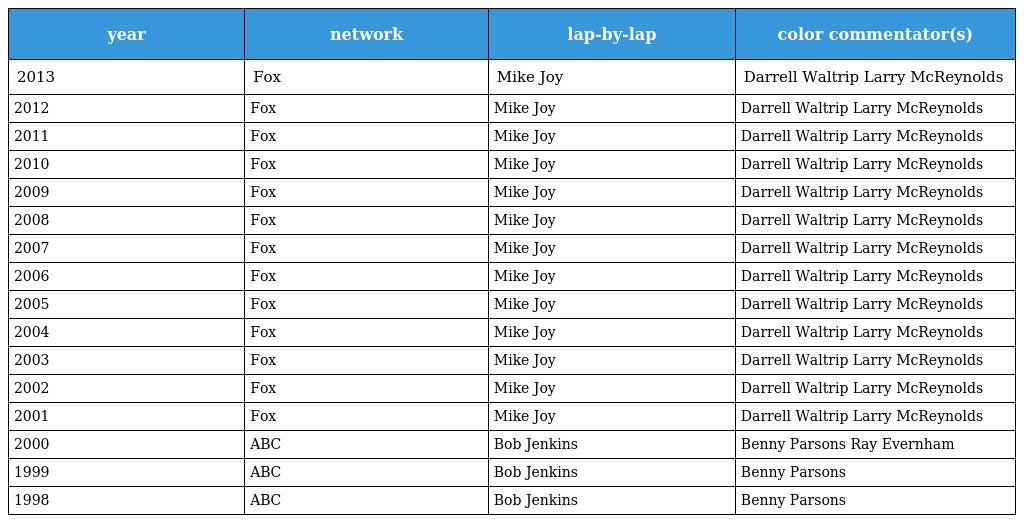
| year | network | lap-by-lap | color commentator(s) |
 | --- | --- | --- | --- |
 | 2013 | Fox | Mike Joy | Darrell Waltrip Larry McReynolds |
 | 2012 | Fox | Mike Joy | Darrell Waltrip Larry McReynolds |
 | 2011 | Fox | Mike Joy | Darrell Waltrip Larry McReynolds |
 | 2010 | Fox | Mike Joy | Darrell Waltrip Larry McReynolds |
 | 2009 | Fox | Mike Joy | Darrell Waltrip Larry McReynolds |
 | 2008 | Fox | Mike Joy | Darrell Waltrip Larry McReynolds |
 | 2007 | Fox | Mike Joy | Darrell Waltrip Larry McReynolds |
 | 2006 | Fox | Mike Joy | Darrell Waltrip Larry McReynolds |
 | 2005 | Fox | Mike Joy | Darrell Waltrip Larry McReynolds |
 | 2004 | Fox | Mike Joy | Darrell Waltrip Larry McReynolds |
 | 2003 | Fox | Mike Joy | Darrell Waltrip Larry McReynolds |
 | 2002 | Fox | Mike Joy | Darrell Waltrip Larry McReynolds |
 | 2001 | Fox | Mike Joy | Darrell Waltrip Larry McReynolds |
 | 2000 | ABC | Bob Jenkins | Benny Parsons Ray Evernham |
 | 1999 | ABC | Bob Jenkins | Benny Parsons |
 | 1998 | ABC | Bob Jenkins | Benny Parsons |